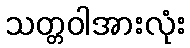
သတ္တဝါအားလုံး